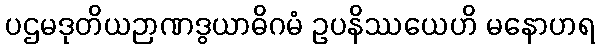
ပဌမဒုတိယဉာဏဒွယာဓိဂမံ ဥပနိဿယေဟိ မနောဟရ